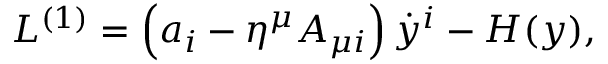
L ^ { ( 1 ) } = \left( a _ { i } - \eta ^ { \mu } A _ { \mu i } \right) { \dot { y } } ^ { i } - H ( y ) ,